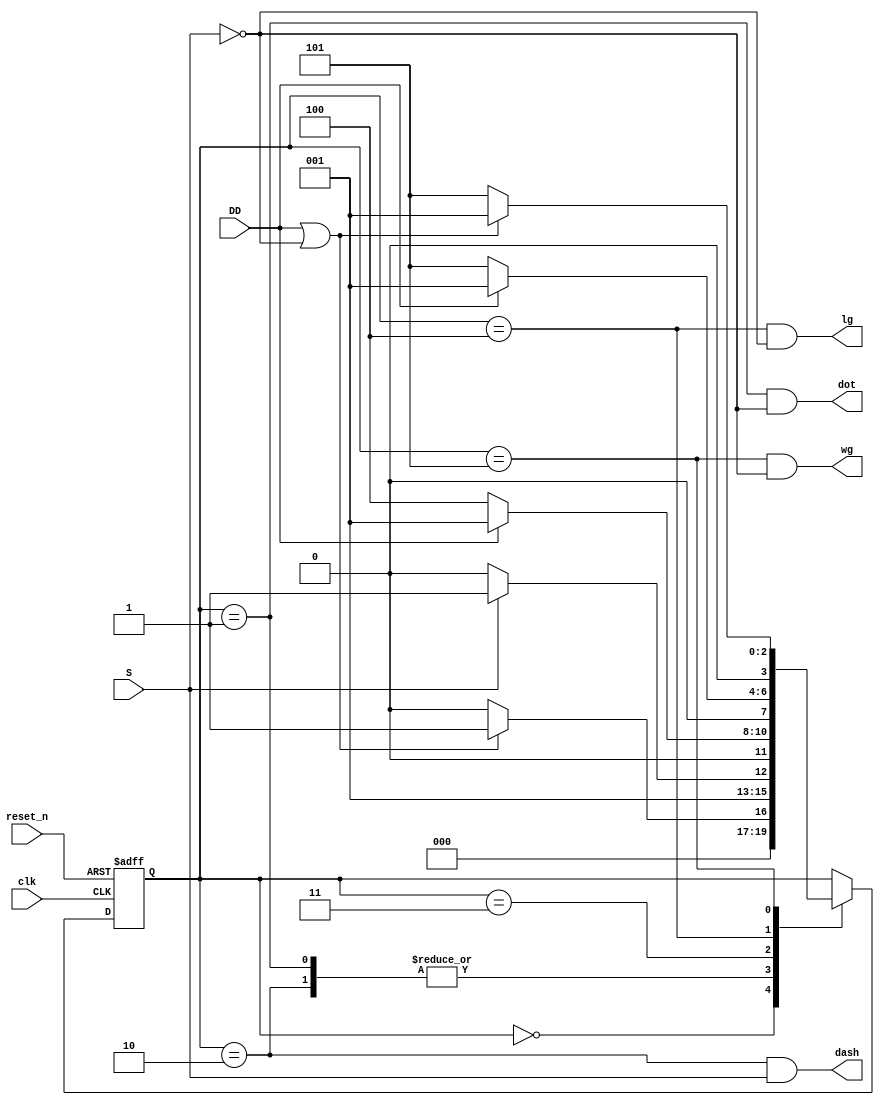
module FSM_New(
    input clk,
    input reset_n,
    input DD, S,
    output dot,dash,lg,wg
    );
    
    reg [3:0] state_reg, state_next;
    localparam s0 = 0;
    localparam s1 = 1;
    localparam s2 = 2;
    localparam s3 = 3;
    localparam s4 = 4;
    localparam s5 = 5;
    
    // State register
    always @(posedge clk, negedge reset_n)
    begin
        if (~reset_n)
            state_reg <= s0;
        else
            state_reg <= state_next;
    end
    
    // Next State
    always @(*)
    begin
        case(state_reg)
            s0: if(DD || ~S) 
                    state_next = s1;
                else
                    state_next = s0;
            s1: if(DD == 3 || ~S ) 
                    state_next = s2;
                else
                    state_next = s3;
            s2: if(DD == 3 || ~S) 
                    state_next = s2;
                else
                    state_next = s3;
            s3: if(DD == 0 || S == 3)  
                    state_next = s4;
                else 
                    state_next = s1;    
            s4: if(DD == 0 || S == 7)  
                    state_next = s5;
                else
                    state_next = s1;
            s5: if(DD == 1 || S == 0)  
                    state_next = s1; //wg
                else
                    state_next = s5;     
            default: state_next = state_reg;
        endcase
    
    end
    
 
    assign dot = (state_reg == s1) & ~S;
    assign dash = (state_reg == s2) & S;
    assign lg = (state_reg == s4) & ~S;
    assign wg = (state_reg == s5) & ~S; 

    
endmodule